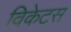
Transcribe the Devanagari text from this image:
विकेटस